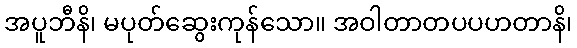
အပူဘီနိ၊ မပုတ်ဆွေးကုန်သော။ အဝါတာတပပဟတာနိ၊